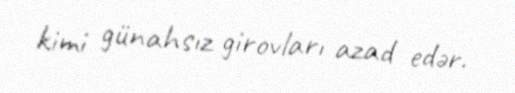
kimi günahsız girovları azad edər.